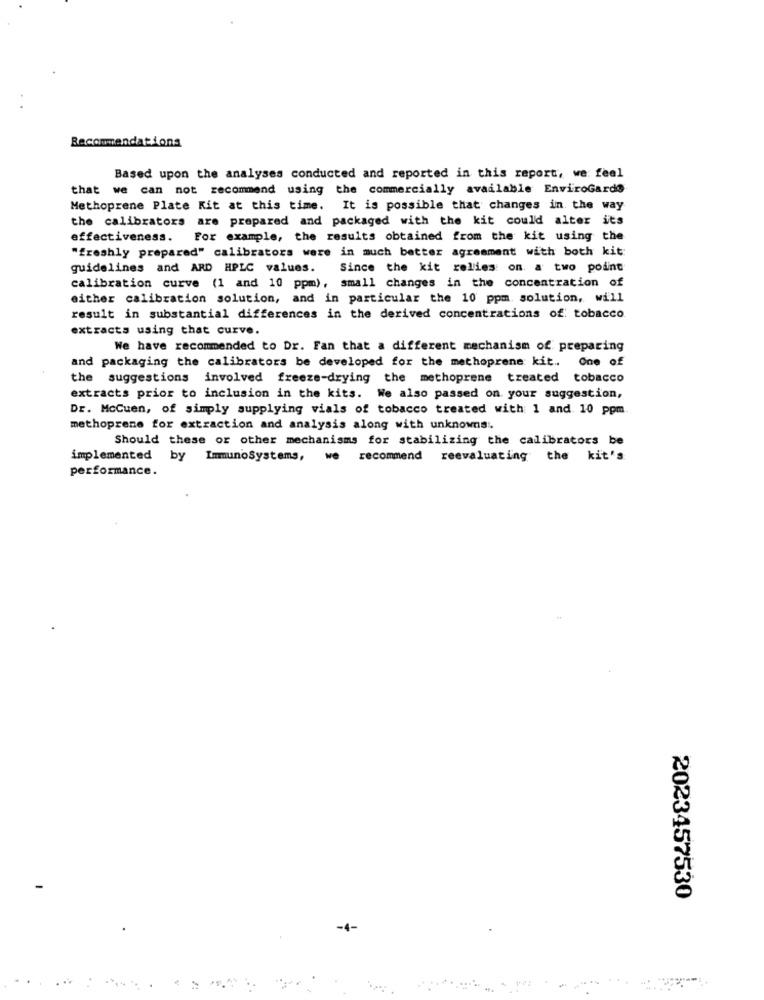
Recommendations
Based upon the analyses conducted and reported in this report, we feel
that we can not recommend using the commercially available EnviroGards
Methoprene Plate Kit at this time. It is possible that changes in the way
the calibrators are prepared and packaged with the kit could alter its
effectiveness. For example, the results obtained from the kit using the
"freshly prepared" calibrators were in much better agreement with both kit
guidelines and ARD HPLC values.
Since the kit relies on a two point
calibration curve (1 and 10 ppm), small changes in the concentration of
either calibration solution, and in particular the 10 ppm. solution, will
result in substantial differences in the derived concentrations of tobacco
extracts using that curve.
We have recommended to Dr. Fan that a different mechanism of preparing
and packaging the calibrators be developed for the methoprene kit .. One of
the suggestions involved freeze-drying the methoprene treated tobacco
extracts prior to inclusion in the kits. We also passed on your suggestion,
Dr. McCuen, of simply supplying vials of tobacco treated with 1 and 10 ppm
methoprene for extraction and analysis along with unknowns :.
Should these or other mechanisms for stabilizing the calibrators be
implemented by ImmunoSystems, we recommend reevaluating the kit's
performance.
2023457530
-4-